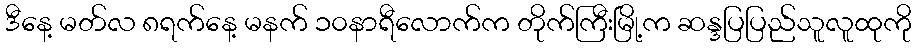
ဒီနေ့ မတ်လ ၈ရက်နေ့ မနက် ၁၀နာရီလောက်က တိုက်ကြီးမြို့က ဆန္ဒပြပြည်သူလူထုကို